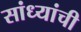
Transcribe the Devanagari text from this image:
सांध्यांची